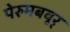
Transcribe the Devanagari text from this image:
पेरुमबवूर्